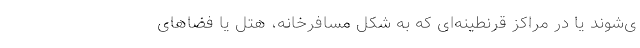
ی‌شوند یا در مراکز قرنطینه‌ای که به شکل مسافرخانه، هتل یا فضاهای